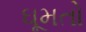
ઘૂમતો